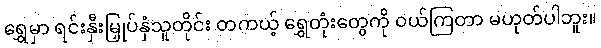
ရွှေမှာ ရင်းနှီးမြှုပ်နှံသူတိုင်း တကယ့် ရွှေတုံးတွေကို ဝယ်ကြတာ မဟုတ်ပါဘူး။